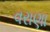
વરાણા